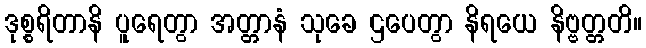
ဒုစ္စရိတာနိ ပူရေတွာ အတ္တာနံ သုခေ ဌပေတွာ နိရယေ နိဗ္ဗတ္တတိ။